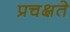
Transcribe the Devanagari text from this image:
प्रचक्षते